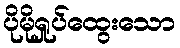
ပိုမိုရှုပ်ထွေးသော